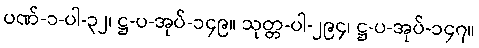
ပဏ်-၁-ပါ-၃၂၊ ဋ္ဌ-ပ-အုပ်-၁၄၉။ သုတ္တ-ပါ-၂၉၄၊ ဋ္ဌ-ပ-အုပ်-၁၄၇။